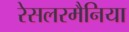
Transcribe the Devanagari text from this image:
रेसलरमैनिया